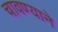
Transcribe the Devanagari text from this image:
चावण्याने